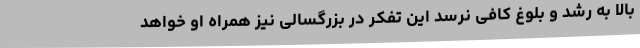
بالا به رشد و بلوغ کافی نرسد این تفکر در بزرگسالی نیز همراه او خواهد